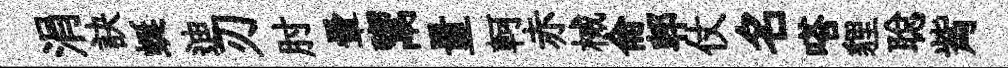
涓訣蜒迪刃肘暈鬻量軻赤械侖郫仗名嗒貍聪觜